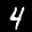
Label: 4